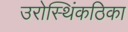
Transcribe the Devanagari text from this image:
उरोस्थिंकठिका